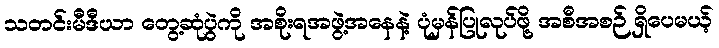
သတင်းမီဒီယာ တွေ့ဆုံပွဲကို အစိုးရအဖွဲ့အနေနဲ့ ပုံမှန်ပြုလုပ်ဖို့ အစီအစဉ် ရှိပေမယ့်